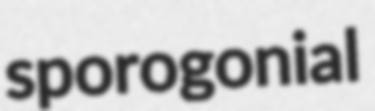
sporogonial